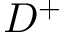
D ^ { + }